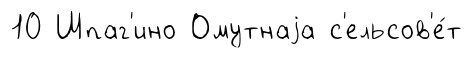
10 Шпаг'ино Омутнаjа с'ельсов'е́т